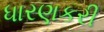
ધારણકરી